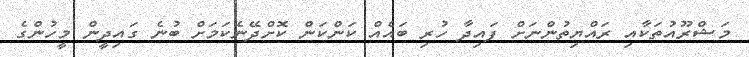
މަޝްރޫއުތަކާއި ރައްޔިތުންނަށް ފައިދާ ހުރި ބައެއް ކަންކަން ކޮށްދޭނެކަމަށް ބުނެ ގައިދީން މީހުންގެ